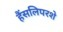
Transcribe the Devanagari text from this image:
हैंसलिपरशे